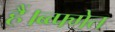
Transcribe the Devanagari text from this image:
हैं।ब्व्फ्गेत